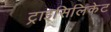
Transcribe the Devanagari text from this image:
ट्राइसिलिकेट